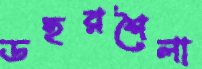
ডহরশৈলা